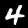
Label: 4